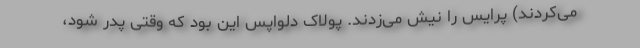
می‌کردند) پرایس را نیش می‌زدند. پولاک دلواپس این بود که وقتی پدر شود،